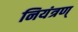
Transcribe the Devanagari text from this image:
नियंत्रण्